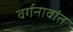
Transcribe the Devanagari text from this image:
वर्गनावांत